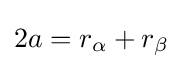
2a=r_{\alpha }+r_{\beta }